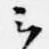
云